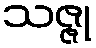
သဇ္ဇု